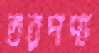
তরপণ্য